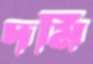
দমি